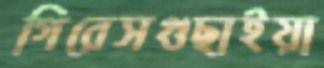
গিরেসগুছাইয়া